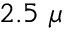
2 . 5 ~ \mu